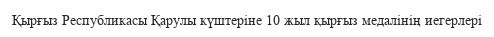
Қырғыз Республикасы Қарулы күштеріне 10 жыл қырғыз медалінің иегерлері